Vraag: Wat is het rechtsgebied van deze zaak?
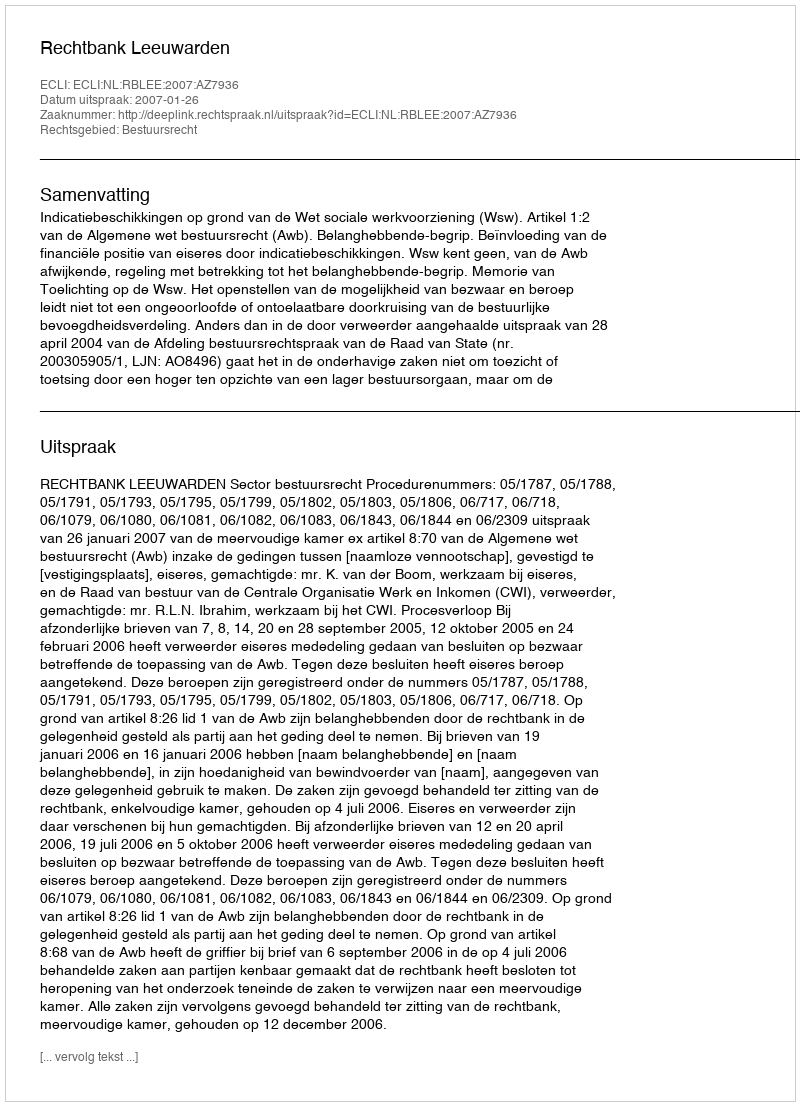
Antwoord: Bestuursrecht